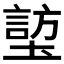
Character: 𪤜